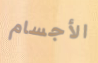
الأجسام